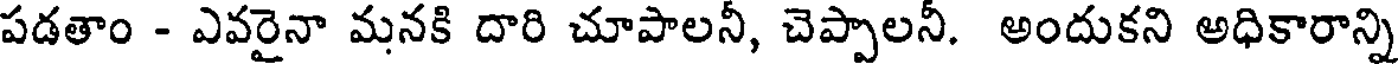
పడతాం - ఎవరైనా మనకి దారి చూపాలనీ, చెప్పాలనీ. అందుకని అధికారాన్ని